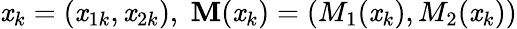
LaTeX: \mathit{x}_{k}=(\mathit{x}_{1k},\mathit{x}_{2k}),\; \textbf{{M}}(\mathit{x}_{k})=(M_{1}(\mathit{x}_{k}),M_{2}(\mathit{x}_{k}))